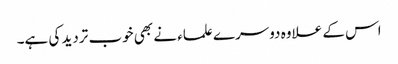
اس کے علاوہ دوسرے علماء نے بھی خوب تردید کی ہے۔